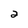
Character: 2